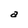
Character: a